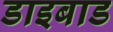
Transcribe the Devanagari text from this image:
डाइबाड